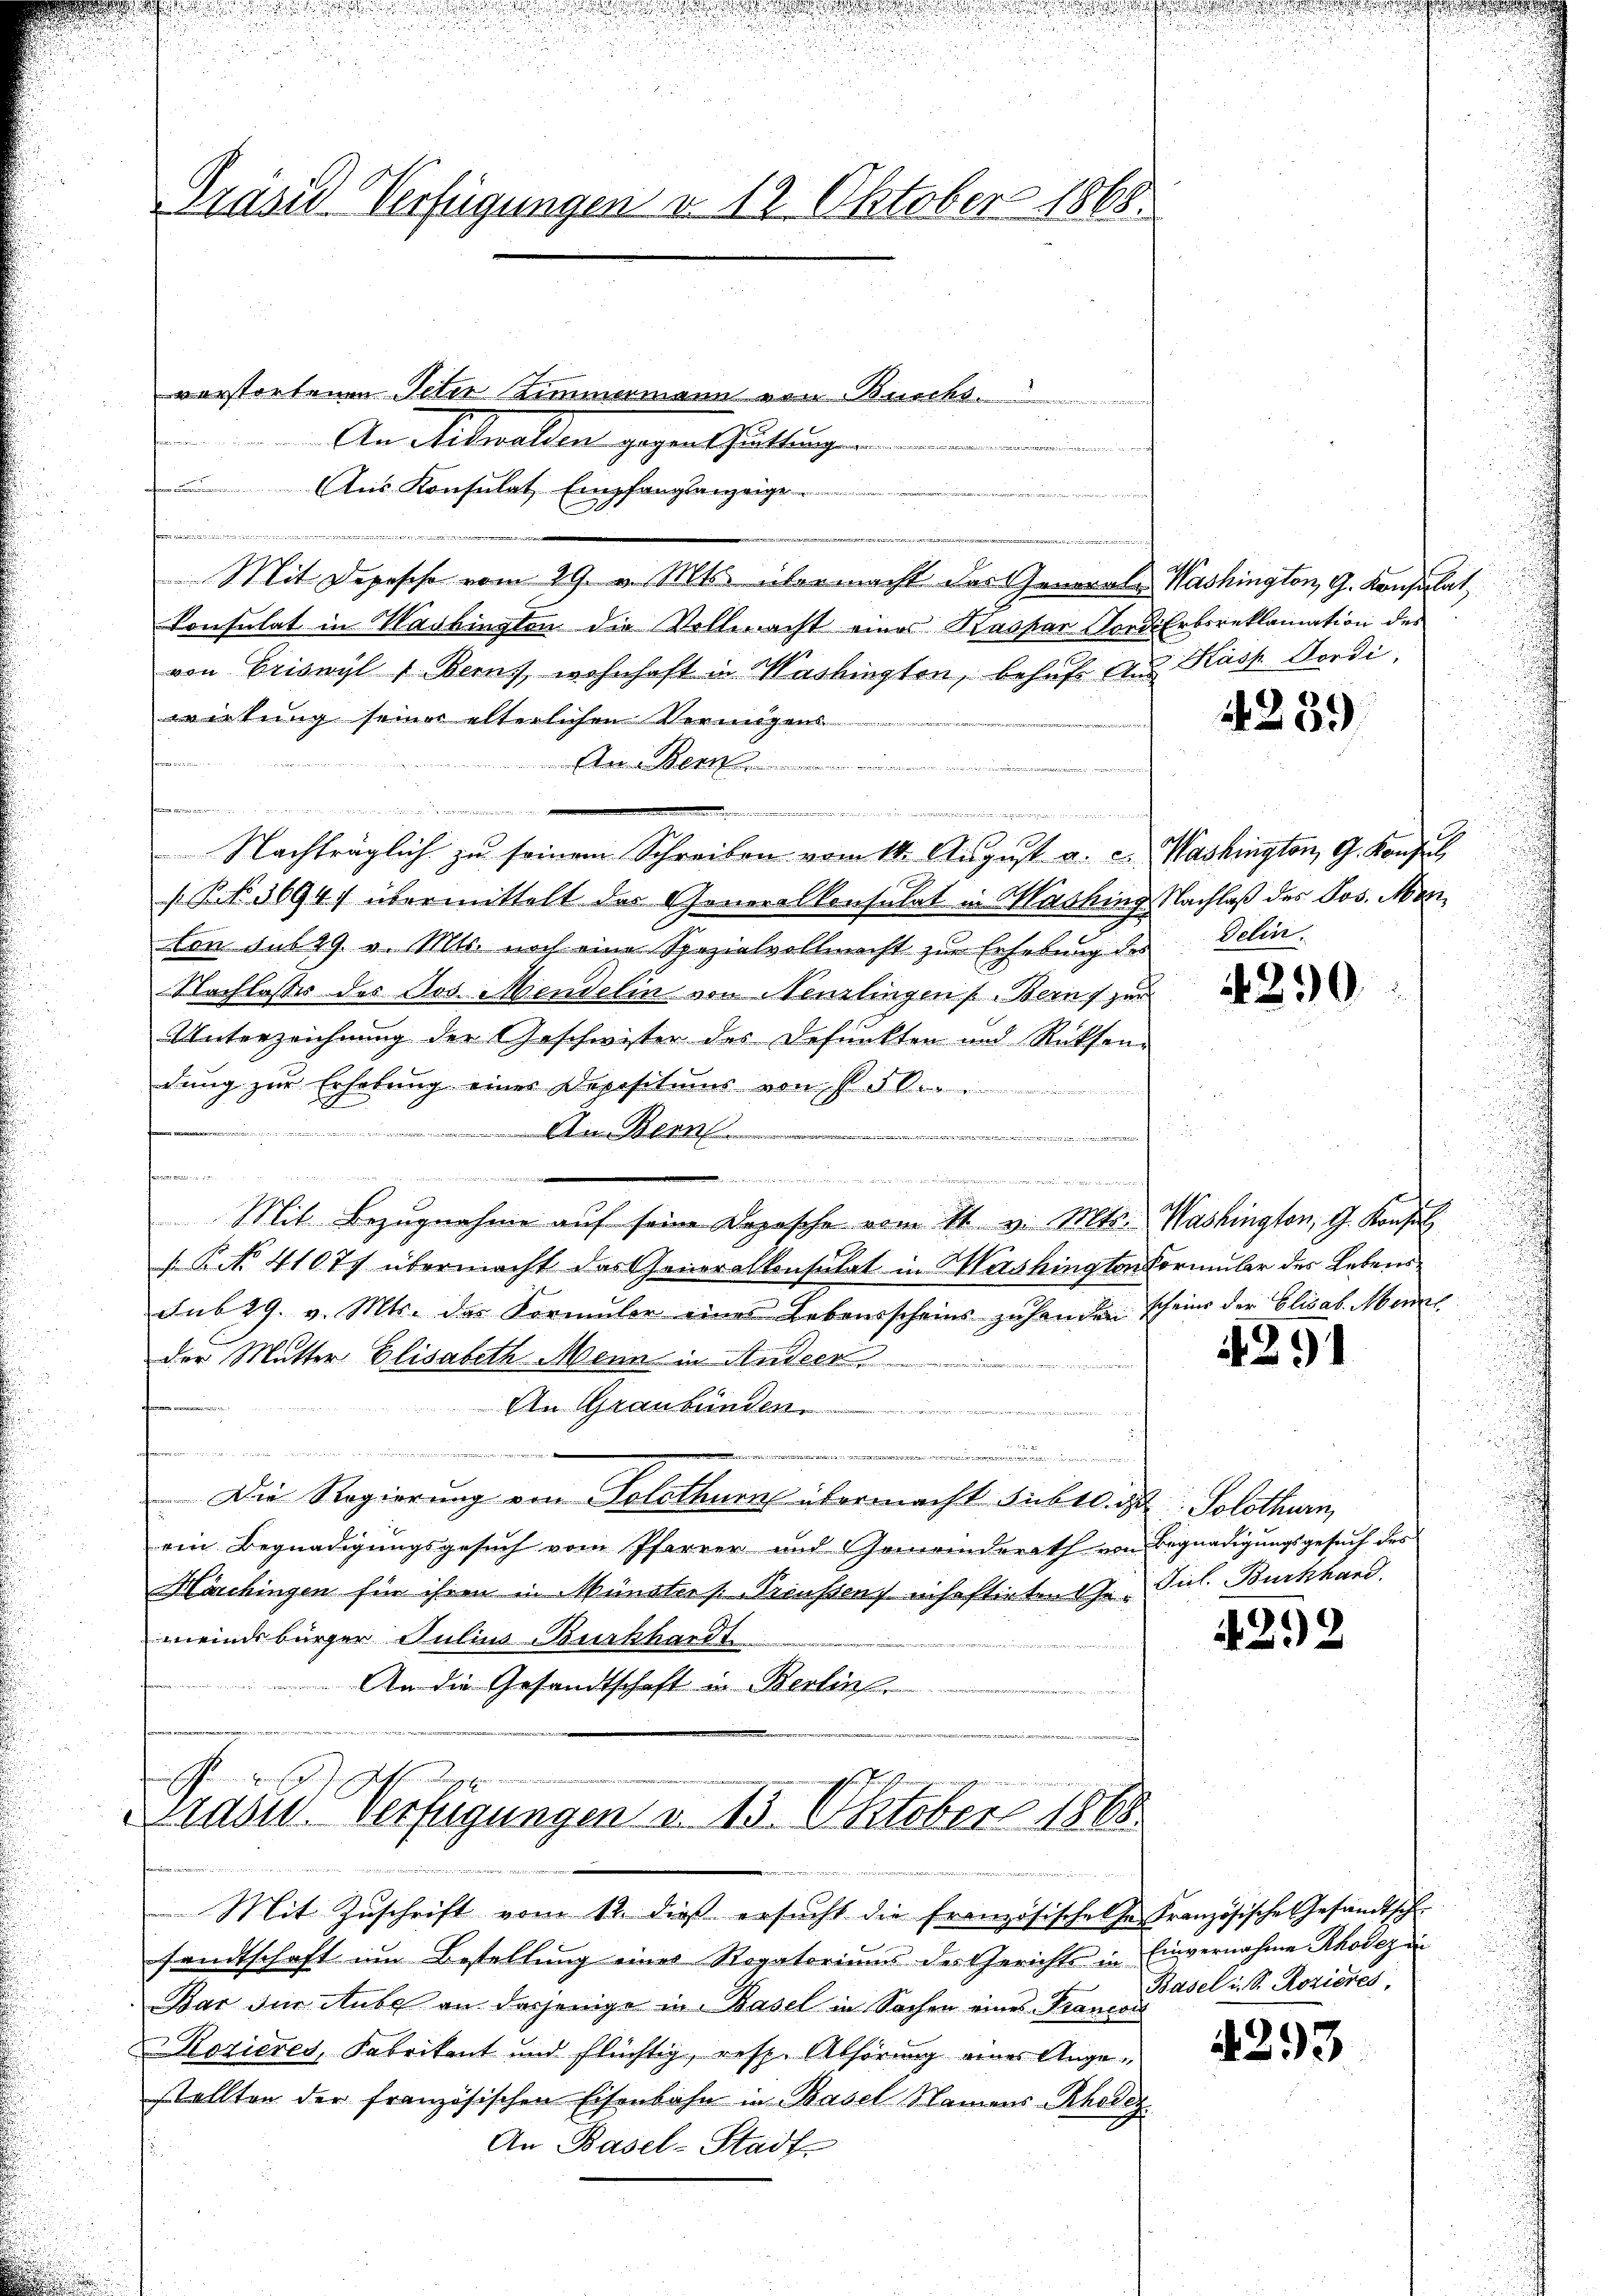
Präsid-Verfügungen v. 12. Oktober 1868.

vorstorfenen Peter Zimmermann von Buchs.
An Mtwalden gegenthaltungen
we
Aus Konsulat Empfangsanzeige
e
s

Mit Depesche vom 29. v. Mts. übermacht das Generale Washington, G. Konsulat
Konsulat in Markingten die Vollmacht eines Rasser Forder
von Criswyl 1. Berns, wohnhaft in Washingten, behufe Aus
wietung seiner elterlichen Vermögens
..................
e
 der von
.
Nachträglich zu seinem Schreiben vom 14. August a. c. Washington G. Konzes
[NNo. 36947 übermittelt der Generalkonsulat in Washing Nachlaß des Jos. Menton sub 29. v. Mts. noch eine Spezialvollmacht zur Erhebung des Delin.
Nachlasse des Jos. Mendelin von Neuzlingen Bern zur
Unterzeichnung der Geschwister des Defunkten und Rücksendŭng zŭr Erhebŭng eines Depositums von § 50.
An Bern
e
formen
t
s

2
Mit Bezŭgnahme aŭf seine Depesche vom 11. v. Mts. Washington, G. Konsul
P No. 41077 übermacht das Generalkonsulat in Mershington Vormular des Lebenssub 29. v. Mts. des Formuler eines Lebensscheins zuhanden scheine der Elisab. Menzl
der Mutter Elisabeth Menn in Ander
An Graubünden
e
.
Die Regierung von Solothurn übermacht Subedingt: Solothurn,
ein Begnadigungsgesuch vom Pfarrer und Gemeinderath von Begnadigungsgesuch des
Härchingen für ihren in Münster /: Preussen, insoftirten Ge- Jul. Burkhard.
meindsbürger Julius Burkhardt
An die Gesandtschaft in Berlin
 t die
Kradig. Verfügungen d. 13. Oktober 1868

te von der ve

Mit Zuschrift vom 12. dieß ersucht die Französischehe. Französische Gesandtschsandtschaft im Bestellung eines Rogatoriums des Gerichts in Einvernahme Rhode di
Bar für Aube an dasjenige in Basel in Sachen eines Francor
Rozieres, Fabrikent und flüchtig, resp. Abhörung eines Angestellten der französischen Eisenbahn in Basel Namens herez
An Basel-Stadt

Erkoreklamation des
Kás Dordi

4239

4290.

4391

422

Basel u. S. Rozieres,

4293

n